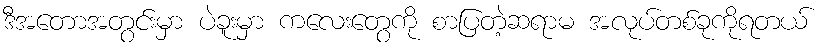
ဒီအတောအတွင်းမှာ ပဲခူးမှာ ကလေးတွေကို စာပြတဲ့ဆရာမ အလုပ်တစ်ခုကိုရတယ်